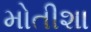
મોતીશા